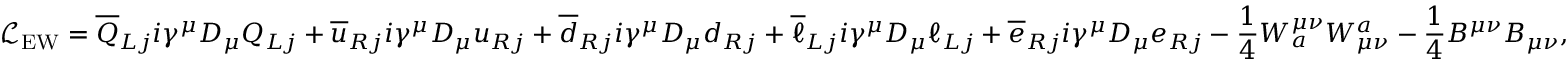
{ \mathcal { L } } _ { \mathrm { E W } } = { \overline { { Q } } } _ { L j } i \gamma ^ { \mu } D _ { \mu } Q _ { L j } + { \overline { { u } } } _ { R j } i \gamma ^ { \mu } D _ { \mu } u _ { R j } + { \overline { { d } } } _ { R j } i \gamma ^ { \mu } D _ { \mu } d _ { R j } + { \overline { { \ell } } } _ { L j } i \gamma ^ { \mu } D _ { \mu } \ell _ { L j } + { \overline { { e } } } _ { R j } i \gamma ^ { \mu } D _ { \mu } e _ { R j } - { \frac { 1 } { 4 } } W _ { a } ^ { \mu \nu } W _ { \mu \nu } ^ { a } - { \frac { 1 } { 4 } } B ^ { \mu \nu } B _ { \mu \nu } ,